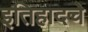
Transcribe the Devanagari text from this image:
इतिहादचे